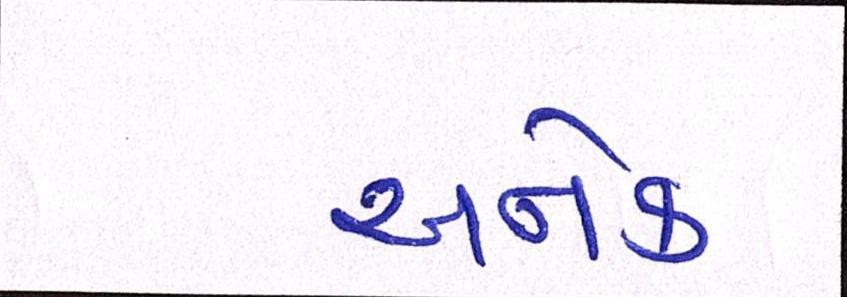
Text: અનેક